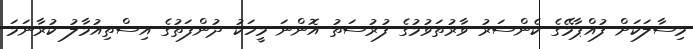
މިސާލަކަށް ފުއްޕާމޭގެ ކެންސަރު ވާރުތަވުމުގެ ފުރުސަތު އޮންނަ މީހަކު ދުންފަތުގެ އިސްތިއުމާލު ކުރާނަމަ